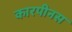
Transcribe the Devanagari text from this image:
कारपीनस